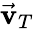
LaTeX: \vec{\mathbf v}_{T}